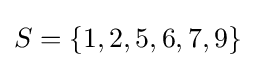
S=\{1,2,5,6,7,9\}